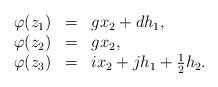
LaTeX: \begin{align*}\begin{array}{llllll}\varphi(z_1) &=& gx_2+dh_1,\\\varphi(z_2) &=& gx_2,\\\varphi(z_3) &=& ix_2+jh_1+\frac{1}{2}h_2.\\\end{array}\end{align*}